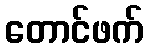
တောင်ဖက်